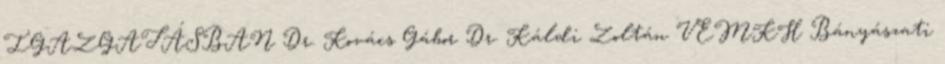
IGAZGATÁSBAN Dr. Kovács Gábor Dr. Káldi Zoltán VEMKH Bányászati